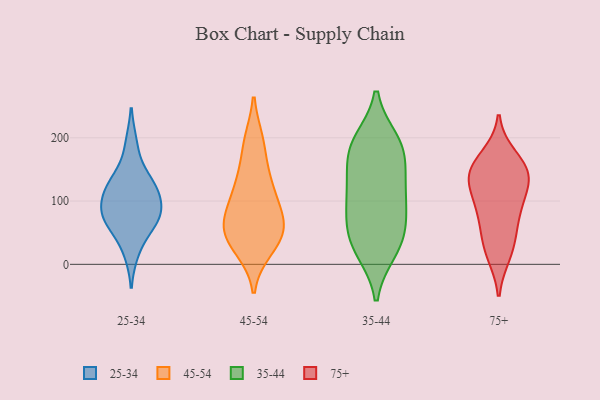
{"axis": {"x": "Market Share (%)", "y": "Value"}, "legend": ["25-34", "35-44", "45-54", "75+"], "data": [{"x": "", "y": 113, "type": "25-34"}, {"x": "", "y": 66, "type": "25-34"}, {"x": "", "y": 21, "type": "25-34"}, {"x": "", "y": 66, "type": "25-34"}, {"x": "", "y": 74, "type": "25-34"}, {"x": "", "y": 131, "type": "25-34"}, {"x": "", "y": 84, "type": "25-34"}, {"x": "", "y": 189, "type": "25-34"}, {"x": "", "y": 86, "type": "25-34"}, {"x": "", "y": 131, "type": "25-34"}, {"x": "", "y": 117, "type": "25-34"}, {"x": "", "y": 31, "type": "45-54"}, {"x": "", "y": 101, "type": "45-54"}, {"x": "", "y": 25, "type": "45-54"}, {"x": "", "y": 136, "type": "45-54"}, {"x": "", "y": 83, "type": "45-54"}, {"x": "", "y": 63, "type": "45-54"}, {"x": "", "y": 194, "type": "45-54"}, {"x": "", "y": 110, "type": "45-54"}, {"x": "", "y": 193, "type": "45-54"}, {"x": "", "y": 53, "type": "45-54"}, {"x": "", "y": 59, "type": "45-54"}, {"x": "", "y": 139, "type": "45-54"}, {"x": "", "y": 39, "type": "45-54"}, {"x": "", "y": 62, "type": "45-54"}, {"x": "", "y": 67, "type": "35-44"}, {"x": "", "y": 153, "type": "35-44"}, {"x": "", "y": 119, "type": "35-44"}, {"x": "", "y": 41, "type": "35-44"}, {"x": "", "y": 22, "type": "35-44"}, {"x": "", "y": 127, "type": "35-44"}, {"x": "", "y": 97, "type": "35-44"}, {"x": "", "y": 23, "type": "35-44"}, {"x": "", "y": 51, "type": "35-44"}, {"x": "", "y": 180, "type": "35-44"}, {"x": "", "y": 95, "type": "35-44"}, {"x": "", "y": 194, "type": "35-44"}, {"x": "", "y": 187, "type": "35-44"}, {"x": "", "y": 188, "type": "35-44"}, {"x": "", "y": 152, "type": "75+"}, {"x": "", "y": 145, "type": "75+"}, {"x": "", "y": 50, "type": "75+"}, {"x": "", "y": 143, "type": "75+"}, {"x": "", "y": 17, "type": "75+"}, {"x": "", "y": 79, "type": "75+"}, {"x": "", "y": 129, "type": "75+"}, {"x": "", "y": 103, "type": "75+"}, {"x": "", "y": 169, "type": "75+"}, {"x": "", "y": 89, "type": "75+"}, {"x": "", "y": 25, "type": "75+"}, {"x": "", "y": 141, "type": "75+"}]}